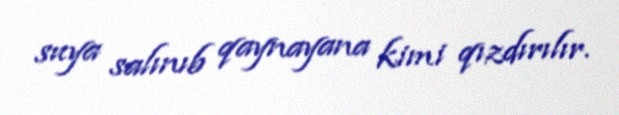
suya salınıb qaynayana kimi qızdırılır.